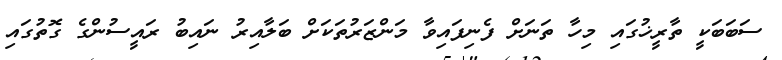
ސަބަބަކީ ތާރީޚުގައި މިހާ ތަނަށް ފެނިފައިވާ މަންޒަރުތަކަށް ބަލާއިރު ނައިބު ރައީސުންގެ ގޮތުގައި